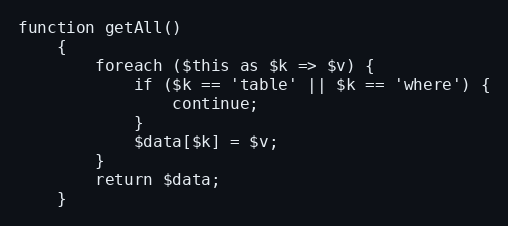
Language: PHP
function getAll()
    {
        foreach ($this as $k => $v) {
            if ($k == 'table' || $k == 'where') {
                continue;
            }
            $data[$k] = $v;
        }
        return $data;
    }